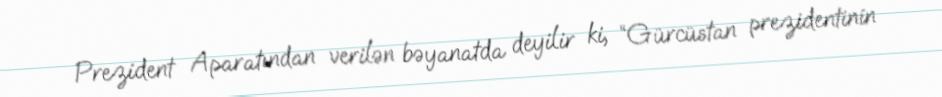
Prezident Aparatından verilən bəyanatda deyilir ki, “Gürcüstan prezidentinin